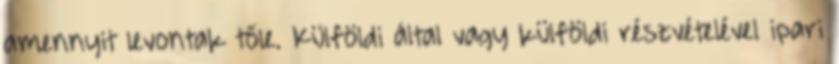
amennyit levontak tőle. Külföldi által vagy külföldi részvételével ipari